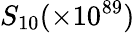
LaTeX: S_{10}(\times 10^{89})